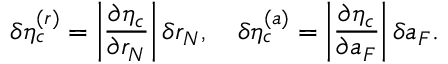
\delta \eta _ { c } ^ { ( r ) } = \bigg | \frac { \partial \eta _ { c } } { \partial r _ { N } } \bigg | \, \delta r _ { N } , \quad \delta \eta _ { c } ^ { ( a ) } = \bigg | \frac { \partial \eta _ { c } } { \partial a _ { F } } \bigg | \, \delta a _ { F } .